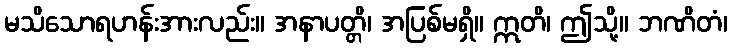
မသိသောရဟန်းအားလည်း။ အနာပတ္တိ၊ အပြစ်မရှိ။ ဣတိ၊ ဤသို့။ ဘဏိတံ၊